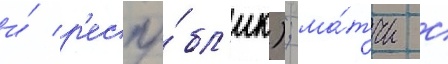
и́ р'еспу́бл'ик); ма́тчи с